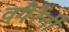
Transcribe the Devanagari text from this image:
वगैरेंनीं